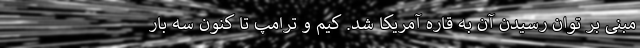
مبنی بر توان رسیدن آن به قاره آمریکا شد. کیم و ترامپ تا کنون سه بار